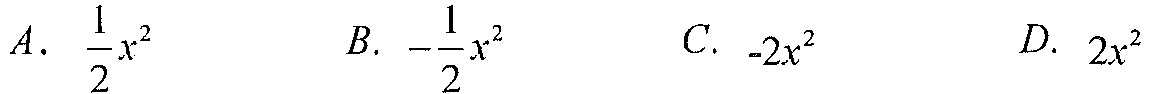
$A.\ \frac{1}{2}x^{2}\quad B.\ -\frac{1}{2}x^{2}\quad C.\ -2x^{2}\quad D.\ 2x^{2}$